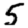
Digit: 5